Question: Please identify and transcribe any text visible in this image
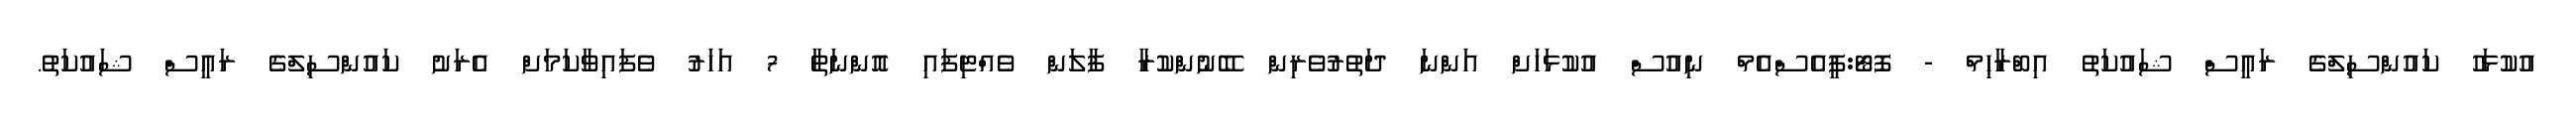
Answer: އުކުޅަހު ކައުންސިލްގެ ރައީސް ޝައުކަތު އިބްރާޙިމް - ފޮޓޯ:ޕީއެސްއެމް ނިއުސް އުކުޅަހަށް އަންނަ ދަތުރުވެރިން ބޭނުންކުރާ ފާލަން ވެއްޓިފައި އޮންނަތާ 7 އަހަރު ވެފައިވާކަމަށް އެރަށު ކައުންސިލްގެ ރައީސް ޝައުކަތު.